Madras plague regulations in force outside the Presidency town - Volume 1
Disease focus: Plague
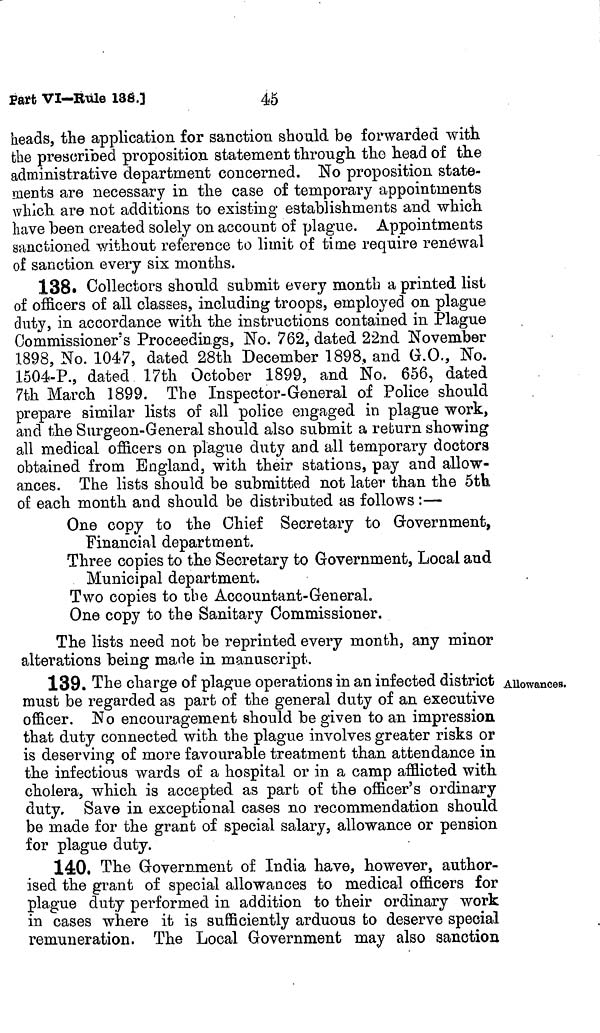
Part VI—Rule 188.]
45
heads, the application for sanction should be forwarded with
the prescribed proposition statement through, the head of the
administrative department concerned. No proposition state-
ments are necessary in the case of temporary appointments
which are not additions to existing establishments and which
have been created solely on account of plague. Appointments
sanctioned without reference to limit of time require renewal
of sanction every six months.
138. Collectors should submit every month a printed list
of officers of all classes, including troops, employed on plague
duty, in accordance with the instructions contained in Plague
Commissioner's Proceedings, No. 762, dated 22nd November
1898, No. 1047, dated 28th December 1898, and G.O., No.
1504-P., dated 17th October 1899, and No. 656, dated
7th March 1899. The Inspector-General of Police should
prepare similar lists of all police engaged in plague work,
and the Surgeon-General should also submit a return showing
all medical officers on plague duty and all temporary doctors
obtained from England, with their stations, pay and allow-
ances. The lists should be submitted not later than the 5th
of each month and should be distributed as follows :—
One copy to the Chief Secretary to Government,
Financial department.
Three copies to the Secretary to Government, Local and
Municipal department.
Two copies to the Accountant-General,
One copy to the Sanitary Commissioner.
The lists need not be reprinted every month, any minor
alterations being made in manuscript.
Allowances.
139. The charge of plague operations in an infected district
must be regarded as part of the general duty of an executive
officer. No encouragement should be given to an impression
that duty connected with the plague involves greater risks or
is deserving of more favourable treatment than attendance in
the infectious wards of a hospital or in a camp afflicted with
cholera, which is accepted as part of the officer's ordinary
duty. Save in exceptional cases no recommendation should
be made for the grant of special salary, allowance or pension
for plague duty.
140. The Government of India have, however, author-
ised the grant of special allowances to medical officers for
plague duty performed in addition to their ordinary work
in cases where it is sufficiently arduous to deserve special
remuneration. The Local Government may also sanction